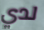
لدي